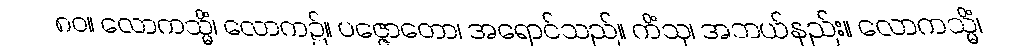
၈၀။ လောကသ္မိံ၊ လောက၌။ ပဇ္ဇောတော၊ အရောင်သည်။ ကိံသု၊ အဘယ်နည်း။ လောကသ္မိံ၊